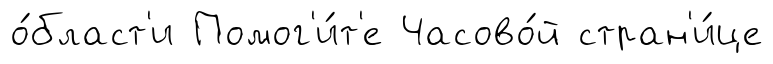
о́бласт'и Помог'и́т'е Часово́й стран'и́це